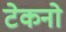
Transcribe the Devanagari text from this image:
टेकनो